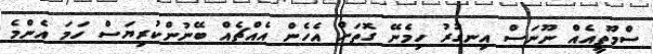
ސްމޫތީއެއް ނޫނަސް އިނގުރު ހިމެނޭ ގޮތަށް އެހެން އެއްޗެއް ބޭނުންކުރިޔަސް ހަމަ އެންމެ